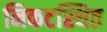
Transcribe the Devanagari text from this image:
निकटस्थित